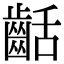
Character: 𪗽